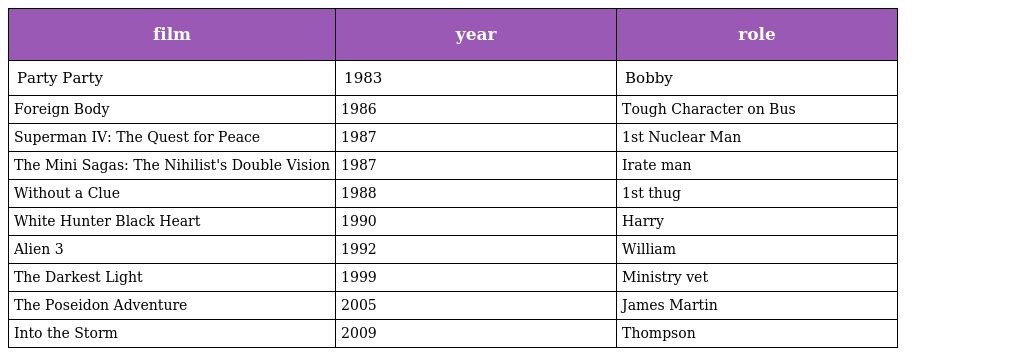
| film | year | role |
 | --- | --- | --- |
 | Party Party | 1983 | Bobby |
 | Foreign Body | 1986 | Tough Character on Bus |
 | Superman IV: The Quest for Peace | 1987 | 1st Nuclear Man |
 | The Mini Sagas: The Nihilist's Double Vision | 1987 | Irate man |
 | Without a Clue | 1988 | 1st thug |
 | White Hunter Black Heart | 1990 | Harry |
 | Alien 3 | 1992 | William |
 | The Darkest Light | 1999 | Ministry vet |
 | The Poseidon Adventure | 2005 | James Martin |
 | Into the Storm | 2009 | Thompson |